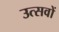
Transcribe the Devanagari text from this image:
उत्सवों